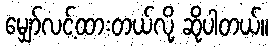
မျှော်လင့်ထားတယ်လို့ ဆိုပါတယ်။